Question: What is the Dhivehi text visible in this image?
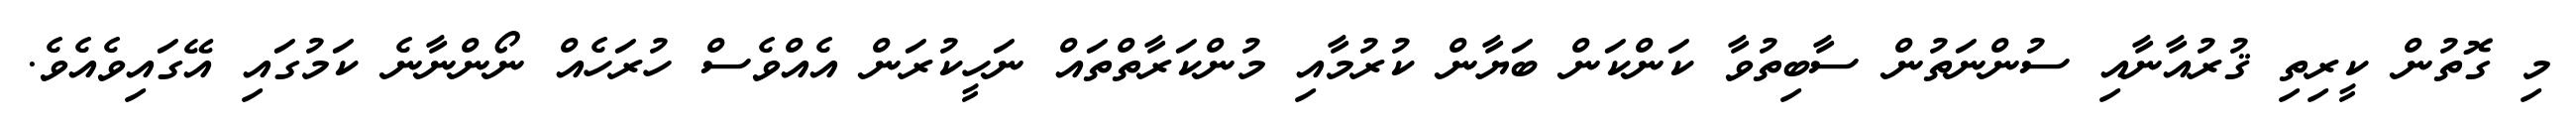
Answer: މި ގޮތުން ކީރިތި ޤުރުއާނާއި ސުންނަތުން ސާބިތުވާ ކަންކަން ބަޔާން ކުރުމާއި މުންކަރާތްތައް ނަހީކުރަން އެއްވެސް ހުރަހެއް ނޯންނާނެ ކަމުގައި އޭގައިވެއެވެ.